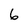
Character: 6